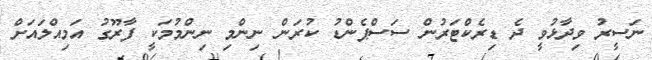
ނަސީރު ވިދާޅުވީ ދެ ޑިރެކްޓަރުން ސަސްޕެންޑު ކުރަން ނިންމި ނިންމުމަކީ ފާރޫގު އަމިއްލައަށް